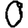
Digit: 0